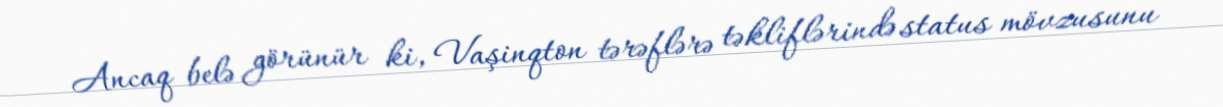
Ancaq belə görünür ki, Vaşinqton tərəflərə təkliflərində status mövzusunu